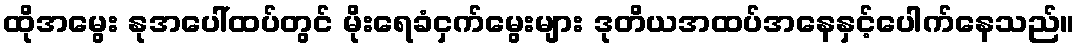
ထိုအမွေး နုအပေါ်ထပ်တွင် မိုးရေခံငှက်မွေးများ ဒုတိယအထပ်အနေနှင့်ပေါက်နေသည်။